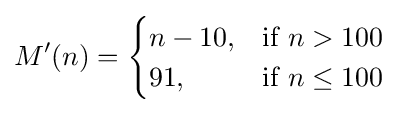
M'(n)={\begin{cases}n-10,&{\mbox{if }}n>100{\mbox{ }}\\91,&{\mbox{if }}n\leq 100{\mbox{ }}\end{cases}}